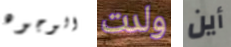
الوجوه ولدت أين